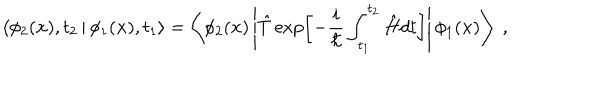
LaTeX: \left\langle \phi _ { 2 } ( { \bf x } ) , t _ { 2 } \left| \right. \phi _ { 1 } ( { \bf x } ) , t _ { 1 } \right\rangle = \left\langle \phi _ { 2 } ( { \bf x } ) \left| \hat { T } \exp \left[ - \frac { i } { \hbar } \int _ { t _ { 1 } } ^ { t _ { 2 } } \hat { H } d t \right] \right| \phi _ { 1 } ( { \bf x } ) \right\rangle \; ,